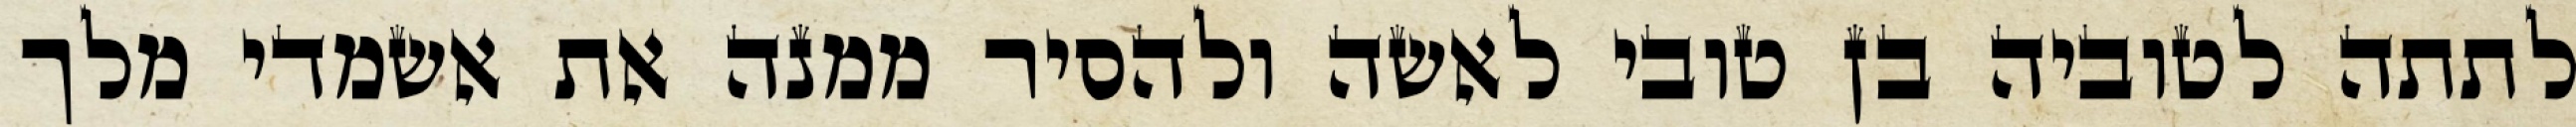
לתתה לטוביה בן טובי לאשה ולהסיר ממנה את אשמדי מלך